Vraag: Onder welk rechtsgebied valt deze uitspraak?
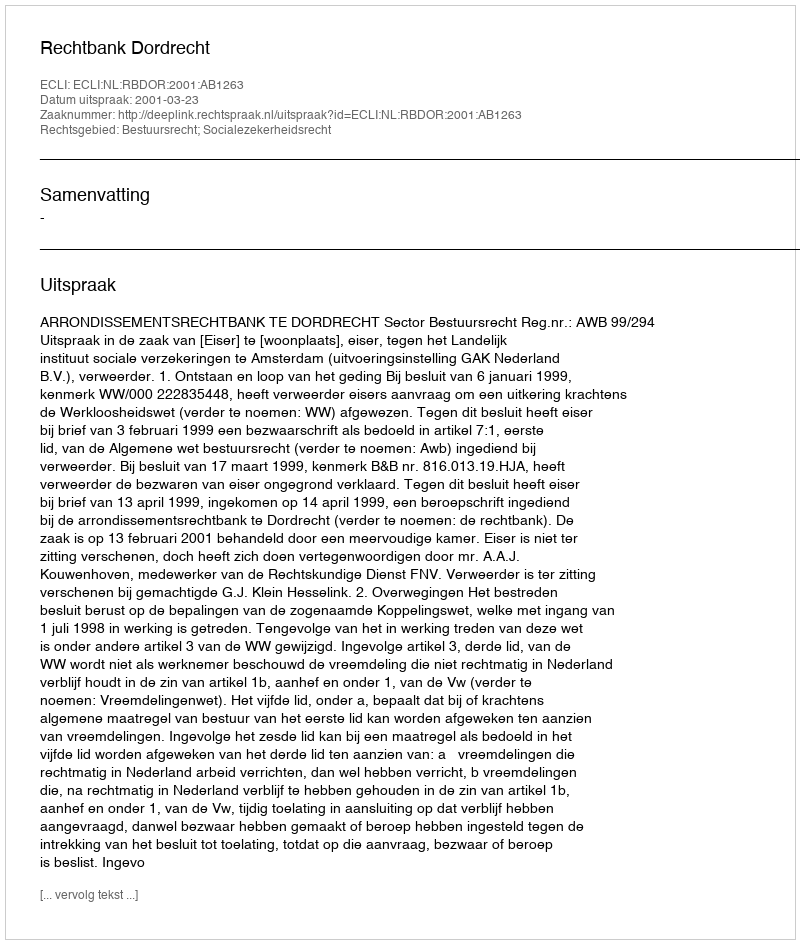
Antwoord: Bestuursrecht; Socialezekerheidsrecht